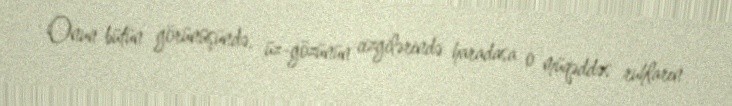
Onun bütün görünüşündə, üz-gözünün cizgilərində haradasa o müqəddəs ruhların